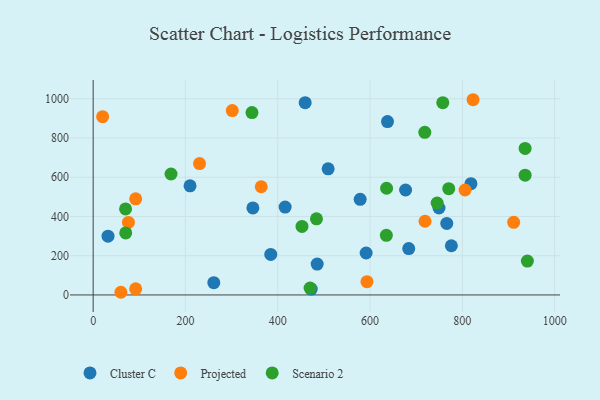
{"axis": {"x": "Price", "y": "Fuel Efficiency"}, "legend": ["Cluster C", "Projected", "Scenario 2"], "data": [{"x": "261.4", "y": 62.5, "type": "Cluster C"}, {"x": "591.5", "y": 213.8, "type": "Cluster C"}, {"x": "509.2", "y": 642.6, "type": "Cluster C"}, {"x": "637.8", "y": 883.8, "type": "Cluster C"}, {"x": "472.5", "y": 29.9, "type": "Cluster C"}, {"x": "683.8", "y": 236.2, "type": "Cluster C"}, {"x": "416.0", "y": 448.1, "type": "Cluster C"}, {"x": "776.2", "y": 250.8, "type": "Cluster C"}, {"x": "485.4", "y": 157.5, "type": "Cluster C"}, {"x": "346.1", "y": 443.5, "type": "Cluster C"}, {"x": "578.6", "y": 487.4, "type": "Cluster C"}, {"x": "32.2", "y": 299.3, "type": "Cluster C"}, {"x": "749.4", "y": 443.1, "type": "Cluster C"}, {"x": "209.9", "y": 556.0, "type": "Cluster C"}, {"x": "384.8", "y": 206.3, "type": "Cluster C"}, {"x": "766.2", "y": 364.4, "type": "Cluster C"}, {"x": "818.6", "y": 567.1, "type": "Cluster C"}, {"x": "459.4", "y": 979.8, "type": "Cluster C"}, {"x": "677.0", "y": 535.0, "type": "Cluster C"}, {"x": "92.1", "y": 31.2, "type": "Projected"}, {"x": "593.3", "y": 67.5, "type": "Projected"}, {"x": "805.9", "y": 535.0, "type": "Projected"}, {"x": "301.4", "y": 939.9, "type": "Projected"}, {"x": "230.5", "y": 669.7, "type": "Projected"}, {"x": "76.4", "y": 369.6, "type": "Projected"}, {"x": "92.1", "y": 489.7, "type": "Projected"}, {"x": "60.1", "y": 13.6, "type": "Projected"}, {"x": "20.5", "y": 908.6, "type": "Projected"}, {"x": "823.2", "y": 995.0, "type": "Projected"}, {"x": "911.2", "y": 370.0, "type": "Projected"}, {"x": "719.1", "y": 375.6, "type": "Projected"}, {"x": "364.2", "y": 551.5, "type": "Projected"}, {"x": "168.7", "y": 616.5, "type": "Scenario 2"}, {"x": "70.2", "y": 438.2, "type": "Scenario 2"}, {"x": "718.6", "y": 828.8, "type": "Scenario 2"}, {"x": "757.6", "y": 980.2, "type": "Scenario 2"}, {"x": "936.0", "y": 610.2, "type": "Scenario 2"}, {"x": "635.8", "y": 543.7, "type": "Scenario 2"}, {"x": "635.3", "y": 303.7, "type": "Scenario 2"}, {"x": "344.1", "y": 929.7, "type": "Scenario 2"}, {"x": "936.0", "y": 746.9, "type": "Scenario 2"}, {"x": "770.5", "y": 541.4, "type": "Scenario 2"}, {"x": "483.9", "y": 388.2, "type": "Scenario 2"}, {"x": "470.0", "y": 34.8, "type": "Scenario 2"}, {"x": "745.4", "y": 468.3, "type": "Scenario 2"}, {"x": "940.9", "y": 172.8, "type": "Scenario 2"}, {"x": "70.5", "y": 316.0, "type": "Scenario 2"}, {"x": "452.5", "y": 349.3, "type": "Scenario 2"}]}